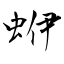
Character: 蛜